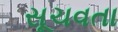
સૂચવતા